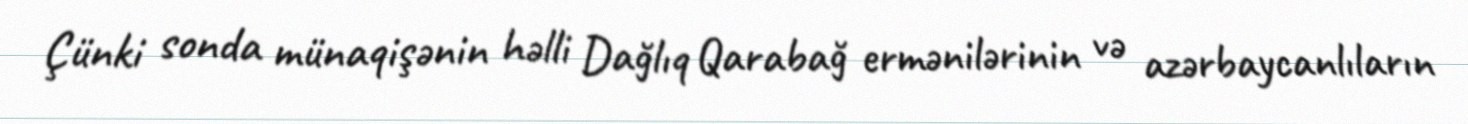
Çünki sonda münaqişənin həlli Dağlıq Qarabağ ermənilərinin və azərbaycanlıların